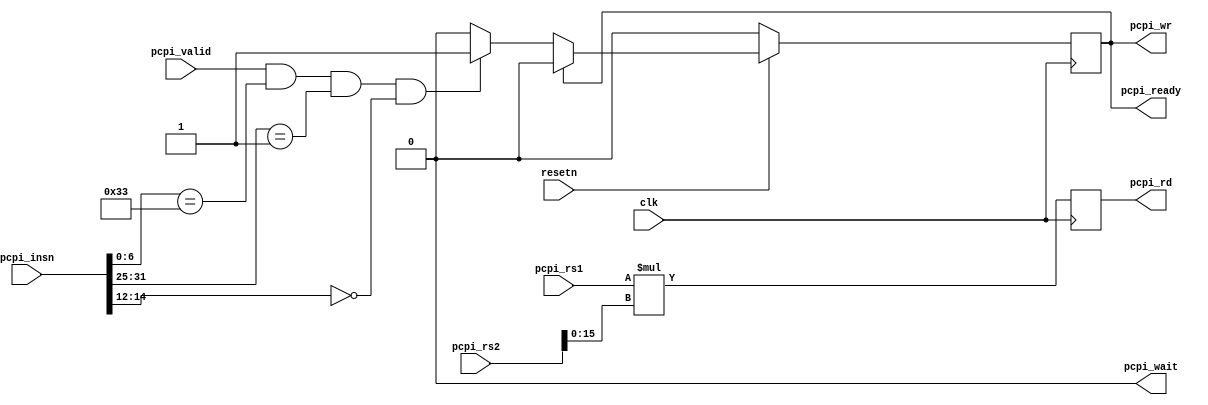
// nanoV style mul instruction for PicoRV32
// This is a 32x16 MUL using the standard MUL opcode

module picorv32_pcpi_nanoV_mul (
	input clk, resetn,

	input             pcpi_valid,
	input      [31:0] pcpi_insn,
	input      [31:0] pcpi_rs1,
	input      [31:0] pcpi_rs2,
	output            pcpi_wr,
	output     [31:0] pcpi_rd,
	output            pcpi_wait,
	output            pcpi_ready
);
	wire pcpi_insn_valid = pcpi_valid && pcpi_insn[6:0] == 7'b0110011 && pcpi_insn[31:25] == 7'b0000001 && pcpi_insn[14:12] == 3'b000;
    reg active;
    reg [31:0] rd;

	always @(posedge clk) begin
        if (!resetn) begin
            active <= 0;
        end else begin
            if (active)
                active <= 0;
            else if (pcpi_insn_valid)
                active <= 1;
        end
	end

    always @(posedge clk) begin
        rd <= pcpi_rs1 * pcpi_rs2[15:0];
    end

	assign pcpi_wr = active;
	assign pcpi_wait = 0;
	assign pcpi_ready = active;
	assign pcpi_rd = rd;
endmodule